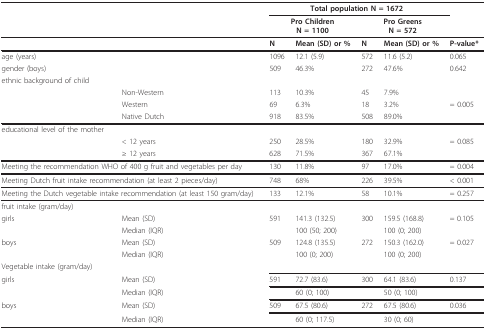
<table><thead><tr><td></td><td></td><td colspan="4"><b>Total population N = 1672</b></td><td></td></tr><tr><td></td><td></td><td colspan="2"><b>Pro ChildrenN = 1100</b></td><td colspan="2"><b>Pro GreensN = 572</b></td><td></td></tr></thead><tbody><tr><td></td><td></td><td><b>N</b></td><td><b>Mean (SD) or %</b></td><td><b>N</b></td><td><b>Mean (SD) or %</b></td><td><b>P-value*</b></td></tr><tr><td colspan="2">age (years)</td><td>1096</td><td>12.1 (5.9)</td><td>572</td><td>11.6 (5.2)</td><td>0.065</td></tr><tr><td colspan="2">gender (boys)</td><td>509</td><td>46.3%</td><td>272</td><td>47.6%</td><td>0.642</td></tr><tr><td colspan="2">ethnic background of child</td><td></td><td></td><td></td><td></td><td></td></tr><tr><td></td><td>Non-Western</td><td>113</td><td>10.3%</td><td>45</td><td>7.9%</td><td></td></tr><tr><td></td><td>Western</td><td>69</td><td>6.3%</td><td>18</td><td>3.2%</td><td>= 0.005</td></tr><tr><td></td><td>Native Dutch</td><td>918</td><td>83.5%</td><td>508</td><td>89.0%</td><td></td></tr><tr><td colspan="2">educational level of the mother</td><td></td><td></td><td></td><td></td><td></td></tr><tr><td></td><td>&lt; 12 years</td><td>250</td><td>28.5%</td><td>180</td><td>32.9%</td><td>= 0.085</td></tr><tr><td></td><td>≥ 12 years</td><td>628</td><td>71.5%</td><td>367</td><td>67.1%</td><td></td></tr><tr><td colspan="2">Meeting the recommendation WHO of 400 g fruit and vegetables per day</td><td>130</td><td>11.8%</td><td>97</td><td>17.0%</td><td>= 0.004</td></tr><tr><td colspan="2">Meeting Dutch fruit intake recommendation (at least 2 pieces/day)</td><td>748</td><td>68%</td><td>226</td><td>39.5%</td><td>&lt; 0.001</td></tr><tr><td colspan="2">Meeting the Dutch vegetable intake recommendation (at least 150 gram/day)</td><td>133</td><td>12.1%</td><td>58</td><td>10.1%</td><td>= 0.257</td></tr><tr><td colspan="2">fruit intake (gram/day)</td><td></td><td></td><td></td><td></td><td></td></tr><tr><td>girls</td><td>Mean (SD)</td><td>591</td><td>141.3 (132.5)</td><td>300</td><td>159.5 (168.8)</td><td>= 0.105</td></tr><tr><td></td><td>Median (IQR)</td><td></td><td>100 (50; 200)</td><td></td><td>100 (0; 200)</td><td></td></tr><tr><td>boys</td><td>Mean (SD)</td><td>509</td><td>124.8 (135.5)</td><td>272</td><td>150.3 (162.0)</td><td>= 0.027</td></tr><tr><td></td><td>Median (IQR)</td><td></td><td>100 (0; 200)</td><td></td><td>100 (0; 200)</td><td></td></tr><tr><td colspan="3">Vegetable intake (gram/day)</td><td></td><td></td><td></td><td></td></tr><tr><td>girls</td><td>Mean (SD)</td><td>591</td><td>72.7 (83.6)</td><td>300</td><td>64.1 (83.6)</td><td>0.137</td></tr><tr><td></td><td>Median (IQR)</td><td></td><td>60 (0; 100)</td><td></td><td>50 (0; 100)</td><td></td></tr><tr><td>boys</td><td>Mean (SD)</td><td>509</td><td>67.5 (80.6)</td><td>272</td><td>67.5 (80.6)</td><td>0.036</td></tr><tr><td></td><td>Median (IQR)</td><td></td><td>60 (0; 117.5)</td><td></td><td>30 (0; 60)</td><td></td></tr></tbody></table>